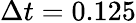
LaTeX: \Delta{{t}}=0.125